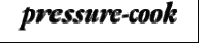
pressure-cook